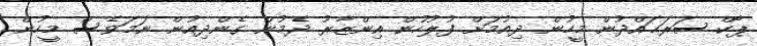
ޕާކް ސަރަޙައްދުން މީހުން ދިއުމަށް ފުލުހުން އިންޒާރު ދެމުން ގެންދިއުން ނަމަވެސް މީހުން